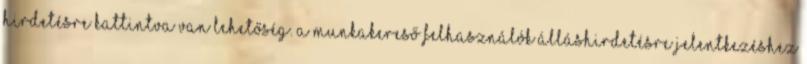
hirdetésre kattintva van lehetőség. A munkakereső Felhasználók álláshirdetésre jelentkezéshez